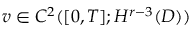
v \in C ^ { 2 } ( [ 0 , T ] ; H ^ { r - 3 } ( D ) )